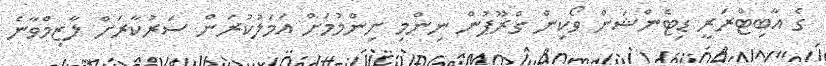
ގެ އާބިޓްރަރީ ޑިޓެންޝަން ވޯކިން ގްރޫޕުން ނިންމި ނިންމުމަށް އަމަލުކުރަން ސަރުކާރަށް ލާޒިމްވާނެ